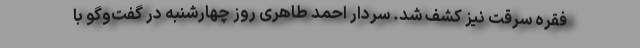
فقره سرقت نیز کشف شد. سردار احمد طاهری روز چهارشنبه در گفت‌وگو با